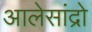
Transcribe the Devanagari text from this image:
आलेसांद्रो